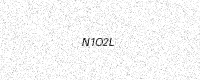
Text: N1O2L